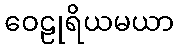
ဝေဠုရိယမယာ